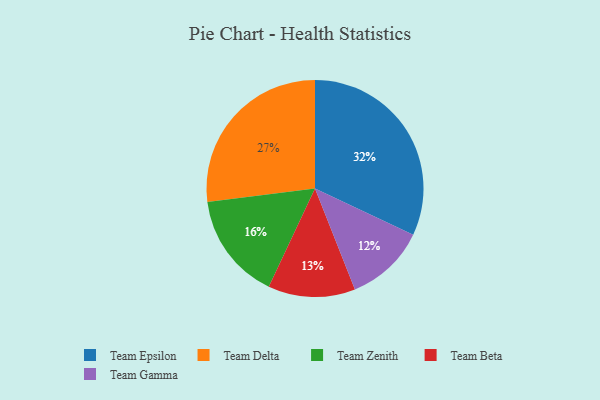
{"axis": {"x": "Category", "y": "Percentage"}, "legend": ["Team Beta", "Team Delta", "Team Epsilon", "Team Gamma", "Team Zenith"], "data": [{"x": "Team Gamma", "y": 12, "type": "Team Gamma"}, {"x": "Team Beta", "y": 13, "type": "Team Beta"}, {"x": "Team Epsilon", "y": 32, "type": "Team Epsilon"}, {"x": "Team Delta", "y": 27, "type": "Team Delta"}, {"x": "Team Zenith", "y": 16, "type": "Team Zenith"}]}